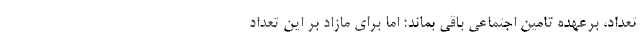
تعداد، برعهده تامین اجتماعی باقی بماند؛ اما برای مازاد بر این تعداد